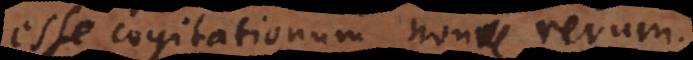
esse cogitationum, non rerum.